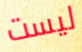
ليست